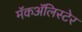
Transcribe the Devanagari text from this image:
मॅकॲलिस्टेर